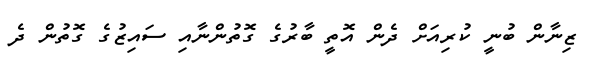
ޒިނާން ބުނީ ކުރިއަށް ދެން އޮތީ ބާރުގެ ގޮތުންނާއި ސައިޒުގެ ގޮތުން ދެ